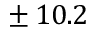
\pm \, 1 0 . 2